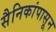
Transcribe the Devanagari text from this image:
सैनिकांपासून